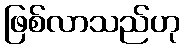
ဖြစ်လာသည်ဟု